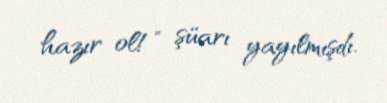
hazır ol!” şüarı yayılmışdı.